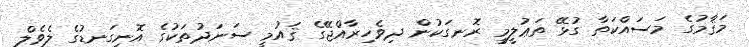
މަޤާމުގެ މަސައްކަތާ ގުޅޭ ތަޢުލީމީ ރޮނގަކުން ދިވެހިރާއްޖޭގެ ޤައުމީ ސަނަދުތަކުގެ އޮނިގަނޑުގެ ލެވެލް